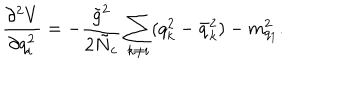
\frac { \partial ^ { 2 } V } { \partial q _ { i } ^ { 2 } } = - \frac { \tilde { g } ^ { 2 } } { 2 \tilde { N } _ { c } } \sum _ { k \neq i } ( q _ { k } ^ { 2 } - \bar { q } _ { k } ^ { 2 } ) - m _ { q _ { 1 } } ^ { 2 } .